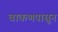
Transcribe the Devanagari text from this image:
वाकणपासून